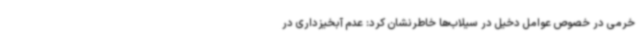
خرمی در خصوص عوامل دخیل در سیلاب‌ها خاطرنشان کرد: عدم آبخیزداری در